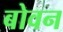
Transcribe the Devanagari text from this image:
बोवन